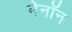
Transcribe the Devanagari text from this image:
मेनॉन